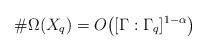
LaTeX: \begin{align*} \#\Omega(X_q) = O\big([\Gamma:\Gamma_q]^{1-\alpha}\big)\qquad\end{align*}